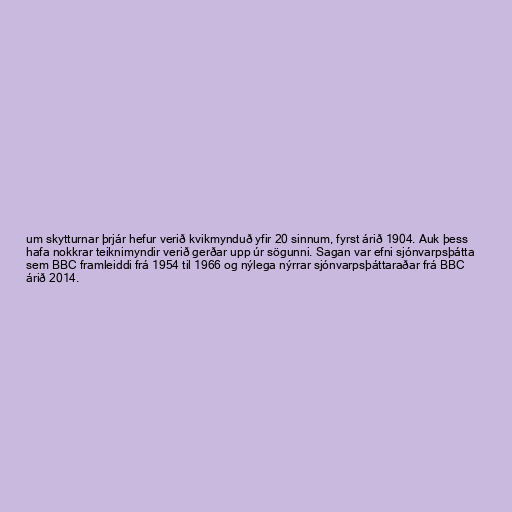
um skytturnar þrjár hefur verið kvikmynduð yfir 20 sinnum, fyrst árið 1904. Auk þess
hafa nokkrar teiknimyndir verið gerðar upp úr sögunni. Sagan var efni sjónvarpsþátta
sem BBC framleiddi frá 1954 til 1966 og nýlega nýrrar sjónvarpsþáttaraðar frá BBC
árið 2014.